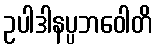
ဥပါဒါနပ္ပဘဝေါတိ